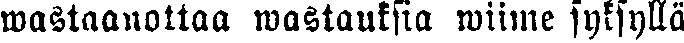
wastaanottaa wastauksia wiime syksyllä